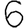
Digit: 6